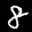
Label: 8